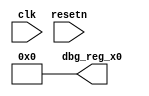

/***************************************************************
 * constport.v based on picorv32
 ***************************************************************/

module constport (
	input 		  clk, resetn,
	output [31:0] 	  dbg_reg_x0
);
	assign dbg_reg_x0  = 0;

endmodule